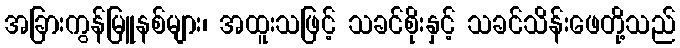
အခြားကွန်မြူနစ်များ၊ အထူးသဖြင့် သခင်စိုးနှင့် သခင်သိန်းဖေတို့သည်